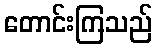
တောင်းကြသည်